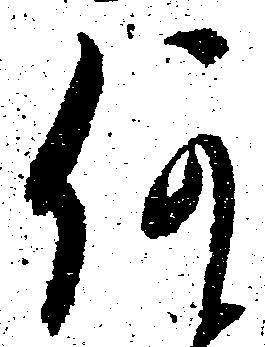
何